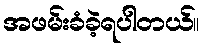
အဖမ်းခံခဲ့ရပါတယ်။